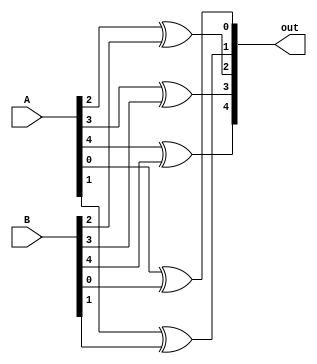
module xorFiveBits(out,A,B);//5 bitlik iki saynn xor'lanmas
input [4:0] A,B; //Input 5 bitlik iki say
output [4:0] out; //Outpu 5 bitlik say
wire [4:0] A,B,out;


//5 bitin teker teker xor'lanmas
xor xor0(out[0],A[0],B[0]);
xor xor1(out[1],A[1],B[1]);
xor xor2(out[2],A[2],B[2]);
xor xor3(out[3],A[3],B[3]);
xor xor4(out[4],A[4],B[4]);

endmodule